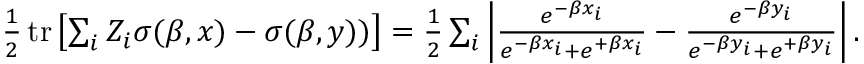
\begin{array} { r } { \frac { 1 } { 2 } \operatorname { t r } \left[ \sum _ { i } Z _ { i } \sigma ( \beta , x ) - \sigma ( \beta , y ) ) \right] = \frac { 1 } { 2 } \sum _ { i } \left| \frac { e ^ { - \beta x _ { i } } } { e ^ { - \beta x _ { i } } + e ^ { + \beta x _ { i } } } - \frac { e ^ { - \beta y _ { i } } } { e ^ { - \beta y _ { i } } + e ^ { + \beta y _ { i } } } \right| . } \end{array}